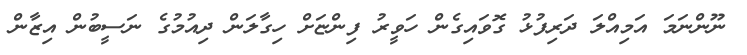
ނޫންނަމަ އަމިއްލަ ދަރިފުޅު ގޮވައިގެން ހަވީރު ފިންޏަށް ހިގާލަން ދިއުމުގެ ނަސީބުން އިޒާން